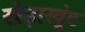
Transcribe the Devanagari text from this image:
खेड़ाखूंट